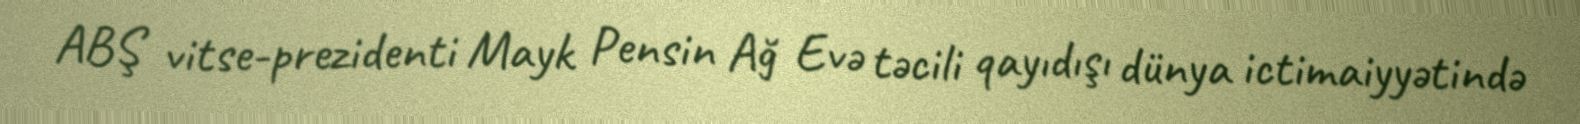
ABŞ vitse-prezidenti Mayk Pensin Ağ Evə təcili qayıdışı dünya ictimaiyyətində